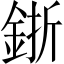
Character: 𨦬